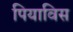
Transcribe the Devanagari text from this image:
पियाविस